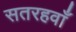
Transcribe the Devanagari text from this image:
सतरहवाँ